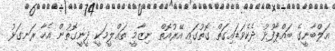
އަލްބާނީގެ ބައްޕާފުޅު ދެކެވަޑައިގަތް ގޮތުގައި އޭރުއޮތް ނިޒާމީ ތަޢްލީމަކީ ދީނީގޮތުން އެހާ ރަނގަޅު